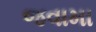
જવામા